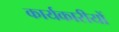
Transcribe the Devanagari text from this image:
कार्यकारीयों